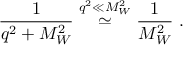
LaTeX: \frac { 1 } { q ^ { 2 } + M _ { W } ^ { 2 } } \stackrel { q ^ { 2 } \ll M _ { W } ^ { 2 } } { \simeq } \frac { 1 } { M _ { W } ^ { 2 } } ~ .